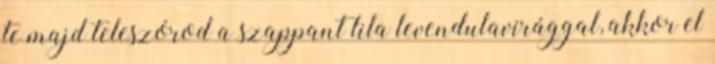
te majd teleszórod a szappant lila levendulavirággal, akkor el